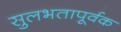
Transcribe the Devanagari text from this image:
सुलभतापूर्वक